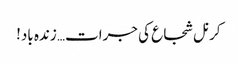
کرنل شجاع کی جرات… زندہ باد!